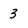
Character: 3